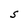
Character: S